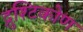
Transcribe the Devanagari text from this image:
द्रुश्टिकोण